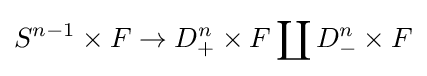
S^{n-1}\times F\to D_{+}^{n}\times F\coprod D_{-}^{n}\times F